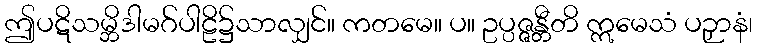
ဤပဋိသမ္ဘိဒါမဂ်ပါဠိ၌သာလျှင်။ ကတမေ။ ပ။ ဥပ္ပဇ္ဇန္တီတိ ဣမေသံ ပဉှာနံ၊